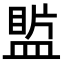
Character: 𥂄